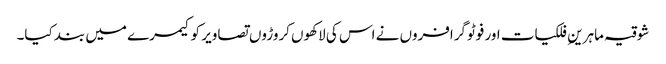
شوقیہ ماہرینِ فلکیات اور فوٹوگرافروں نے اس کی لاکھوں کروڑوں تصاویر کو کیمرے میں بند کیا۔